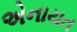
એનાયત